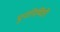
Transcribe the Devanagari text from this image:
पुनंनिर्मिती